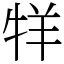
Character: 䍧